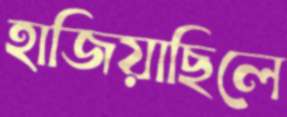
হাজিয়াছিলে